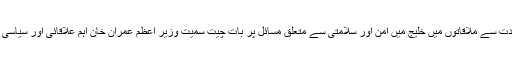
ترجمان نے مزید کہا تھا کہ ایرانی قیادت سے ملاقاتوں میں خلیج میں امن اور سلامتی سے متعلق مسائل پر بات چیت سمیت وزیر اعظم عمران خان اہم علاقائی اور سیاسی تبدیلیوں پر بھی تبادلہ خیال کریں گے۔